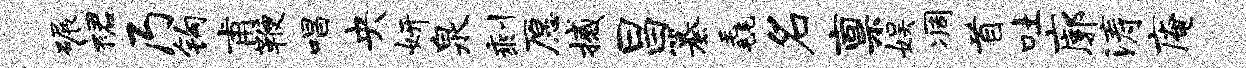
碾裙乃钩甫鞭唱央妍泉剩愿撼昌纂毳名禀娱凋首吐廓涛庵